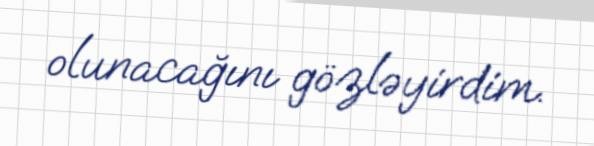
olunacağını gözləyirdim.